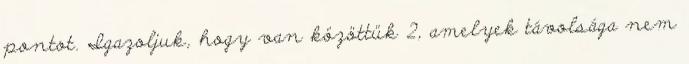
pontot. Igazoljuk, hogy van közöttük 2, amelyek távolsága nem